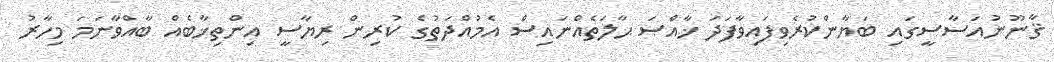
ޤާނޫނުއަސާސީގައި ބަޔާންކުރެވިފައިވާފަދަ ޚާއްޞަ ޙާލަތެއްނައިސް އެމުއްދަތުގެ ކުރިން ރިޔާސީ އިންތިޚާބެއް ބާއްވާނަމަ މިހާރު